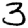
Digit: 3